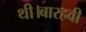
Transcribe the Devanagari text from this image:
थी।बारहवी